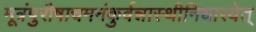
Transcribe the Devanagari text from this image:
मूत्रंपुरीषाचमनंकुर्वन्नास्थीनिधारयेत्